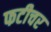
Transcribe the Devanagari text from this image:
फटीचर